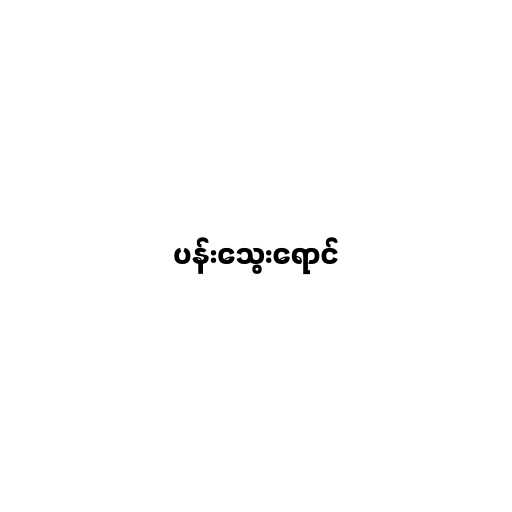
ပန်းသွေးရောင်